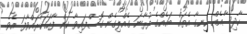
ހާދިސާއެއް ހިނގާ އެތައް ބައެއްގެ ފުރާނަ ގެއްލިގެން ގޮސްފައިވާ ކަން ފާހަގަކުރައްވާފަ އެވެ.